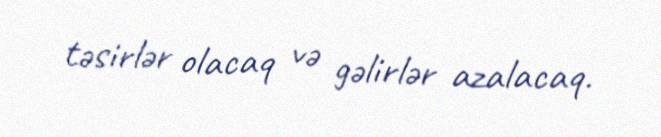
təsirlər olacaq və gəlirlər azalacaq.